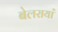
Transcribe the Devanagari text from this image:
बेलरायां